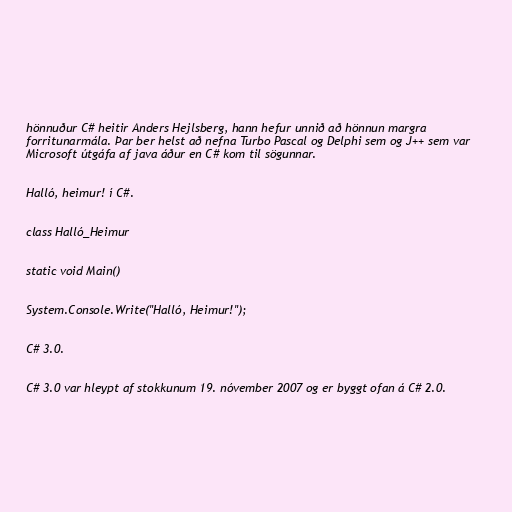
hönnuður C# heitir Anders Hejlsberg, hann hefur unnið að hönnun margra
forritunarmála. Þar ber helst að nefna Turbo Pascal og Delphi sem og J++ sem var
Microsoft útgáfa af java áður en C# kom til sögunnar.

Halló, heimur! í C#.

class Halló_Heimur

static void Main()

System.Console.Write("Halló, Heimur!");

C# 3.0.

C# 3.0 var hleypt af stokkunum 19. nóvember 2007 og er byggt ofan á C# 2.0.